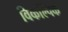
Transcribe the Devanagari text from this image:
विकल्पिक